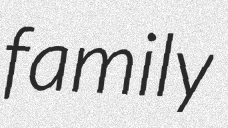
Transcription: family